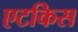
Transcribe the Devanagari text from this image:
एटकिस